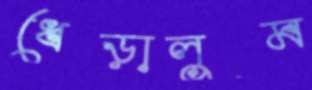
ধেড়ালুম